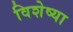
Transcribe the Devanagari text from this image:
विशेष्या